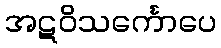
အဋဝိသင်္ကောပေ